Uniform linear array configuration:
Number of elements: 12
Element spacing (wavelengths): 1
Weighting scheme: hamming
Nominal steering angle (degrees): -45
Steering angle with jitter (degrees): -43.268
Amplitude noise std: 0.05
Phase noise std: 0.05

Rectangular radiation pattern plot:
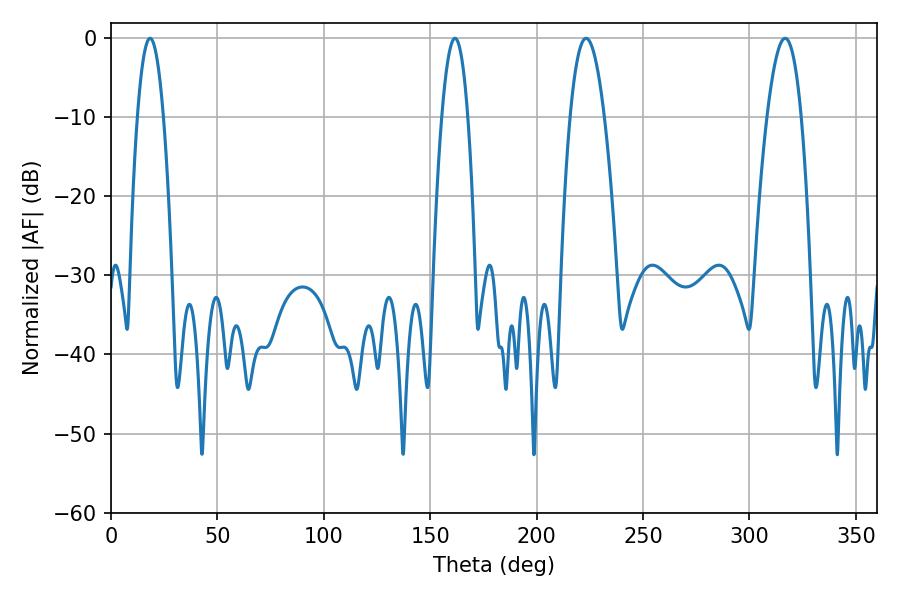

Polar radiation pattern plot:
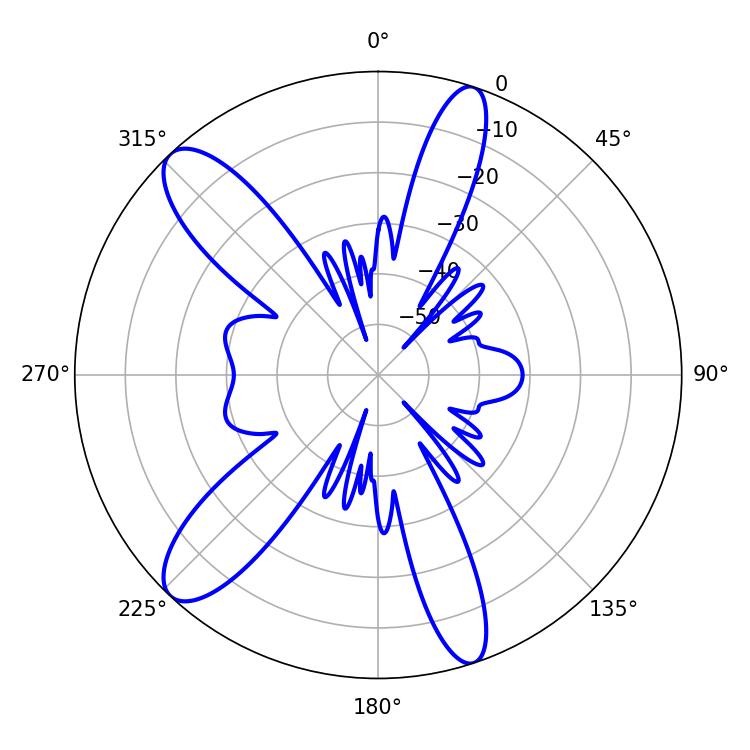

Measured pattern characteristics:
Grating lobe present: TRUE
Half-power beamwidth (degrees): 6.66
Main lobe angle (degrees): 161.64